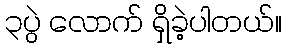
၃ပွဲ လောက် ရှိခဲ့ပါတယ်။